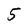
Character: 5